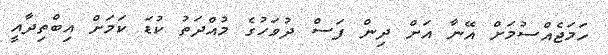
ހަމަޖެއްސުމަށް އޭނާ އަށް ދިން ފަސް ދުވަހުގެ މުއްދަތު ކުޑަ ކަމަށް އިބްތިދާއީ